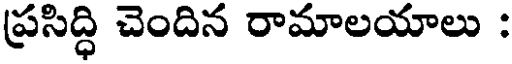
ప్రసిద్ధి చెందిన రామాలయాలు :